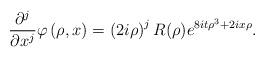
LaTeX: \begin{align*}\frac{\partial^{j}}{\partial x^{j}}\varphi\left( \rho,x\right) =\left(2i\rho\right) ^{j}R(\rho)e^{8it\rho^{3}+2ix\rho}. \end{align*}